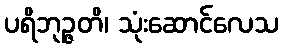
ပရိဘုဉ္ဇတိ၊ သုံးဆောင်လေသ